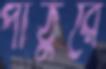
পাঠুরে